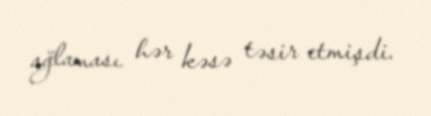
ağlaması hər kəsə təsir etmişdi.